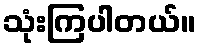
သုံးကြပါတယ်။